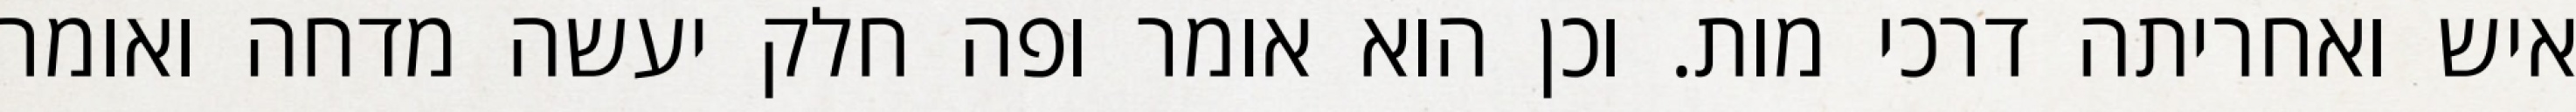
איש ואחריתה דרכי מות. וכן הוא אומר ופה חלק יעשה מדחה ואומר